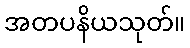
အတပနိယသုတ်။